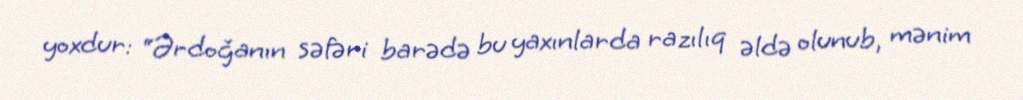
yoxdur: “Ərdoğanın səfəri barədə bu yaxınlarda razılıq əldə olunub, mənim